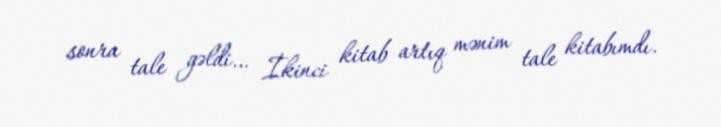
sonra tale gəldi… İkinci kitab artıq mənim tale kitabımdı.